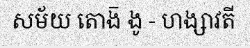
សម័យ តោង៑ ងូ - ហង្សាវតី